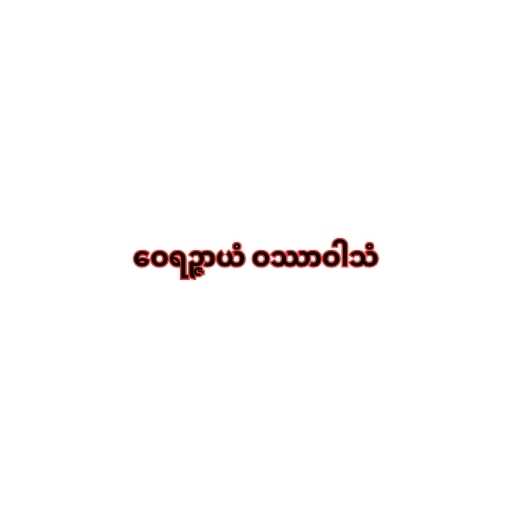
ဝေရဉ္ဇာယံ ဝဿာဝါသံ